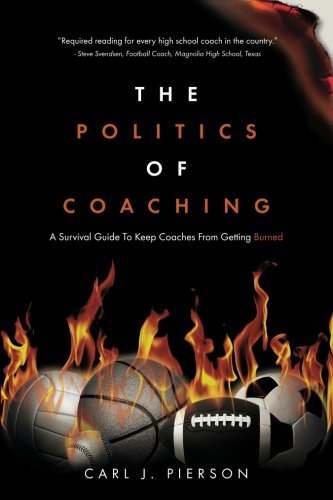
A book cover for The Politics of Coaching: A Survival Guide To Keep Coaches From Getting Burned; Carl J. Pierson; Sports & Outdoors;